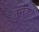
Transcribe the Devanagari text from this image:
तनुका